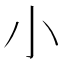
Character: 小